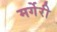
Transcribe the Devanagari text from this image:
मर्गेरी